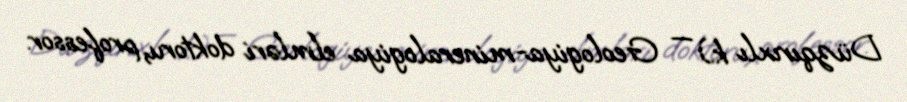
Düzqırıxlı k.) — Geologiya-mineralogiya elmləri doktoru, professor.